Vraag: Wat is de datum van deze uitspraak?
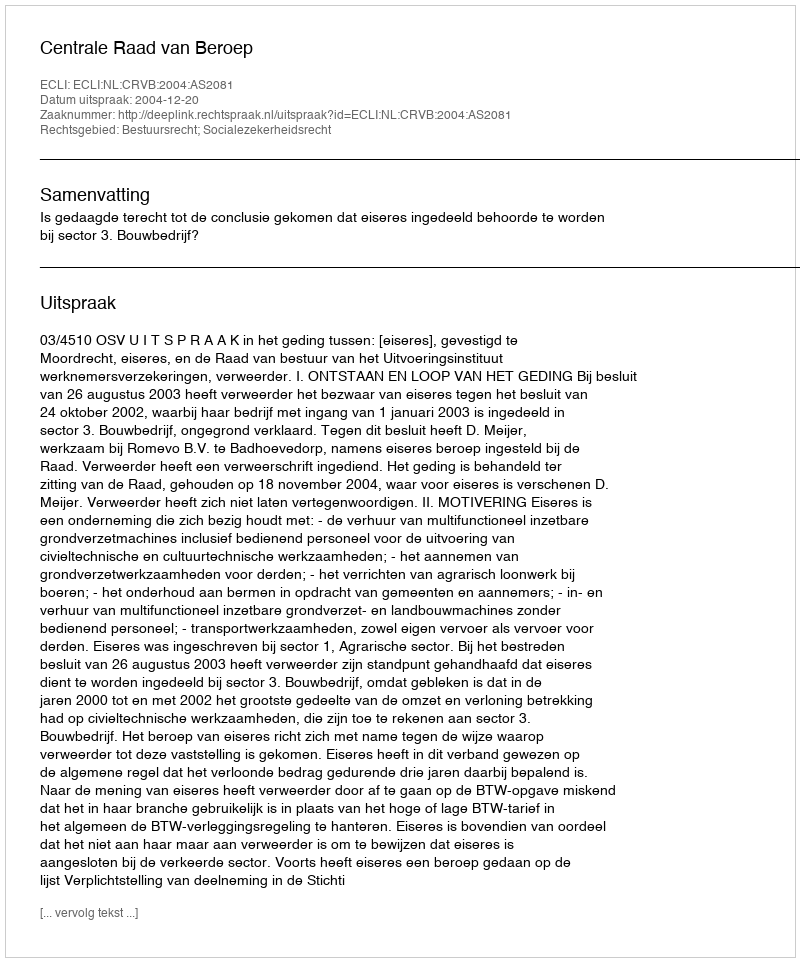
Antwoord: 2004-12-20